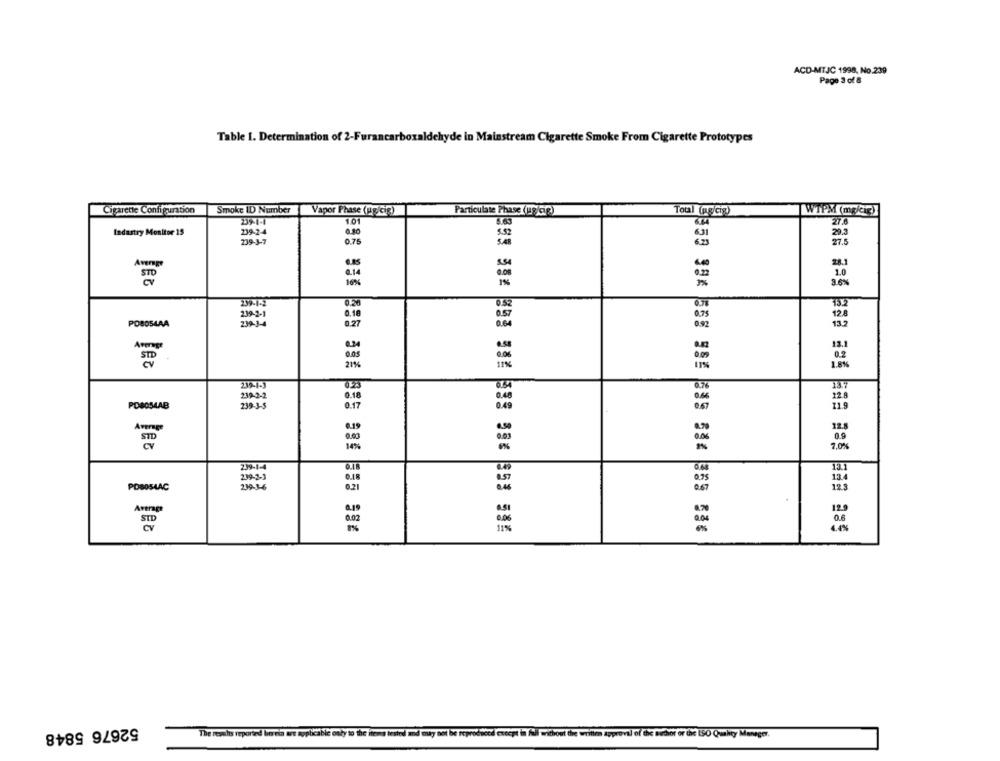
ACD-MTJC 1998, No.239
Page 3 of &
Table 1. Determination of 2-Furanca
yde in Mainstream Cigarette Smoke From Cigarette Prototypes
Cigarette Configuration
Smoke ID Number
Vapor Phase (ng/cig)
Particulate Phase (ug/cip)
Total (pg/cix)
WTPM (mg/cip)
239-1-4
1.01
Industry Monitor 15
239-2-4
0.80
5.52
223
239-3-7
0.75
0.20
0.7%
0.18
0.57
0.75
POS054AA
0.27
092
132
Average
13.1
STD
11%
239-1-3
187
0,48
0.18
POBOS4AB
23835
0.17
0.49
12.8
0.9
0.00
14%%
7,0%
239-4
13.4
POBOS4AC
12.3
ASI
12.9
Average
.06
11%
1.4%
52676 5848
The results reported boreia are applicable only to the items tested and may not be reproduced except in Til without the written approval of the tiehor or the ISO- Quality Manager.